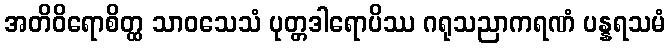
အတိဝိရောစိတ္ထ သာဝသေသံ ပုတ္တဒါရောပိဿ ဂရုသညာကရဏံ ပန္နရသမံ